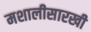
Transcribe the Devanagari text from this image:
मशालीसारखी